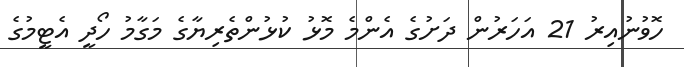
ހޮވުނުއިރު 21 އަހަރުން ދަށުގެ އެންމެ މޮޅު ކުޅުންތެރިޔާގެ މަގާމު ހޯދީ އެޓީމުގެ